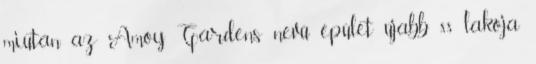
miután az Amoy Gardens nevű épület újabb 88 lakója